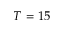
T = 1 5